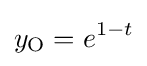
y_{\mathrm {O} }=e^{1-t}